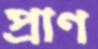
প্রাণ